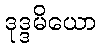
ဒုဒ္ဒမိယော